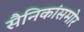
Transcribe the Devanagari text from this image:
सैनिकांसमोर